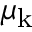
\mu _ { \mathrm { k } }